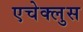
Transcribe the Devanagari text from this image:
एचेक्लुस